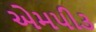
એમપી૩